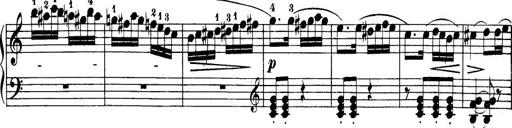
Title: 32 Sonatinas and Rondos for the Piano
Composer: Richard Kleinmichel